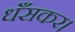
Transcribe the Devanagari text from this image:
धँसकर।